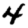
Digit: 4